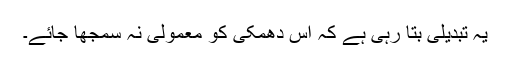
یہ تبدیلی بتا رہی ہے کہ اِس دھمکی کو معمولی نہ سمجھا جائے۔